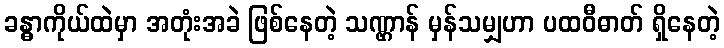
ခန္ဓာကိုယ်ထဲမှာ အတုံးအခဲ ဖြစ်နေတဲ့ သဏ္ဌာန် မှန်သမျှဟာ ပထဝီဓာတ် ရှိနေတဲ့